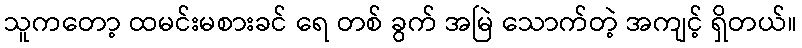
သူကတော့ ထမင်းမစားခင် ရေ တစ် ခွက် အမြဲ သောက်တဲ့ အကျင့် ရှိတယ်။